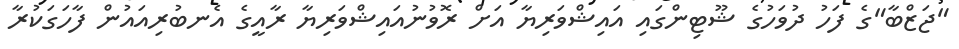
"ޖަޒްބާ"ގެ ފަހު ދުވަހުގެ ޝޫޓިންގައި އައިޝްވަރިޔާ އަށް ރޮވުނުއައިޝްވަރިޔާ ރާއީގެ އެނބުރިއައުން ފާހަގަކުރާ